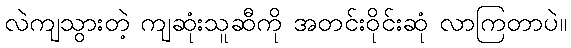
လဲကျသွားတဲ့ ကျဆုံးသူဆီကို အတင်းဝိုင်းဆုံ လာကြတာပဲ။